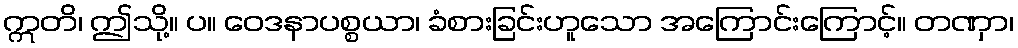
ဣတိ၊ ဤသို့။ ပ။ ဝေဒနာပစ္စယာ၊ ခံစားခြင်းဟူသော အကြောင်းကြောင့်။ တဏှာ၊